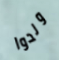
ولدوا